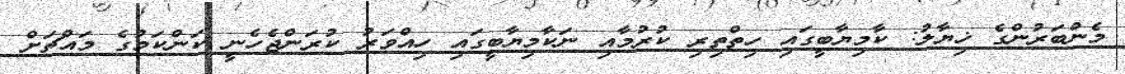
މެންބަރުންގެ ޚިޔާލު: ކާމިޔާބީގައި ހިތްތިރި ކުރުމާއި ނަކާމިޔާބީގައި ހިއްވަރު ކުރަންޖެހެނީ ކަންކަމުގެ މައްޗަށް